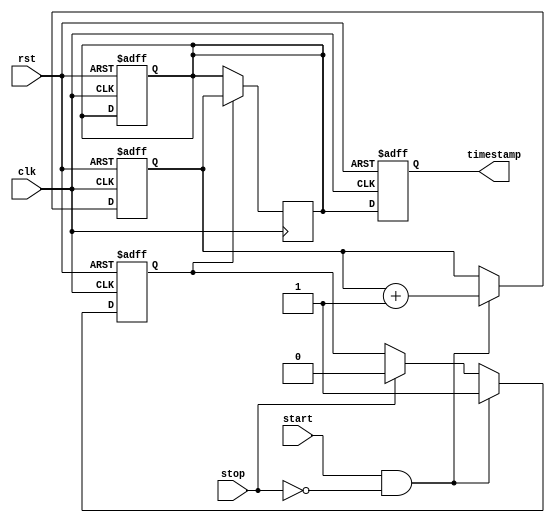
module time_stamping_timer(
    input clk,
    input rst,
    input start,
    input stop,
    output reg [31:0] timestamp
);

reg [31:0] counter;
reg [31:0] timestamp_reg;
reg running;

always @(posedge clk or posedge rst) begin
    if(rst) begin
        counter <= 0;
        timestamp_reg <= 0;
        running <= 0;
    end
    else if(start && !stop) begin
        counter <= counter + 1;
        running <= 1;
    end
    else if(stop) begin
        running <= 0;
    end
end

always @(posedge clk) begin
    if(running) begin
        timestamp_reg <= counter;
    end
end

always @(posedge clk or posedge rst) begin
    if(rst) begin
        timestamp <= 0;
    end
    else begin
        timestamp <= timestamp_reg;
    end
end

endmodule